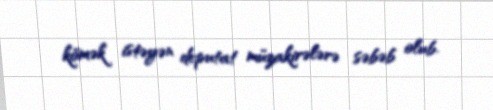
kömək istəyən deputat müzakirələrə səbəb olub.